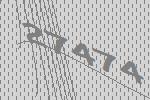
27474